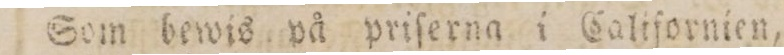
Som bewis på priſerna i Caliſornien,